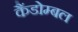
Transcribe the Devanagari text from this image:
कैंडोम्बल